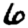
Digit: 6